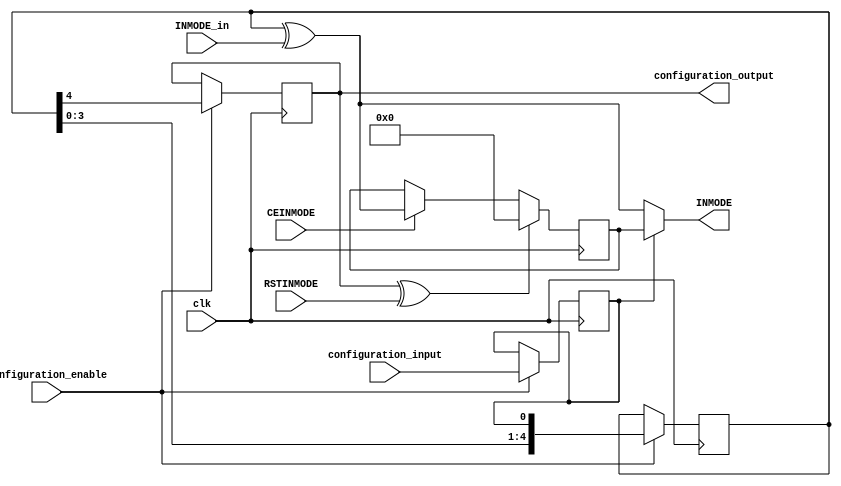
/*****************************************************************
*	Configuration bits order :
*			INMODEREG <= configuration_input;
*			IS_INMODE_INVERTED <= {{IS_INMODE_INVERTED[3:0]},{INMODEREG}};
*			IS_RSTINMODE_INVERTED <= IS_INMODE_INVERTED[4];
*			configuration_output = IS_RSTINMODE_INVERTED;
*****************************************************************/
`timescale 1 ns / 100 ps   
module inmode_manager (
		input clk,
		
		input [4:0] INMODE_in,
		input RSTINMODE,
		input CEINMODE,
		
		output [4:0] INMODE,
					
		input configuration_input,
		input configuration_enable,
		output configuration_output
	);
	
	// configuring bits
	reg INMODEREG;
	reg [4:0] IS_INMODE_INVERTED;
	reg IS_RSTINMODE_INVERTED;
		
	always@(posedge clk)begin
		if (configuration_enable)begin
			INMODEREG <= configuration_input;
			IS_INMODE_INVERTED <= {{IS_INMODE_INVERTED[3:0]},{INMODEREG}};
			IS_RSTINMODE_INVERTED <= IS_INMODE_INVERTED[4];
		end
	end
	assign configuration_output = IS_RSTINMODE_INVERTED;
	
	
	// inmode_manager
	wire [4:0] INMODE_in_xored;
	assign INMODE_in_xored = IS_INMODE_INVERTED ^ INMODE_in;
	
	wire RSTINMODE_xored;
	assign RSTINMODE_xored = IS_RSTINMODE_INVERTED ^ RSTINMODE;
	
	reg [4:0] INMODE_in_reg;
	always @(posedge clk) begin
		if (RSTINMODE_xored)
			INMODE_in_reg <= 5'b00000;
		else if (CEINMODE)
			INMODE_in_reg <= INMODE_in_xored;
	end
	
	assign INMODE = (INMODEREG) ? INMODE_in_reg: INMODE_in_xored;
	
endmodule